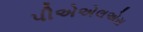
પીએએલએસ